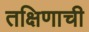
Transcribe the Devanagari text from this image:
तक्षिणाची